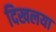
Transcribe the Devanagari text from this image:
दिखलया